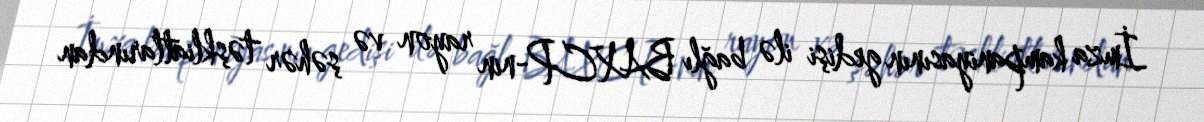
İmza kampaniyasının gedişi ilə bağlı BAXCP-nin rayon və şəhər təşkliatlarından